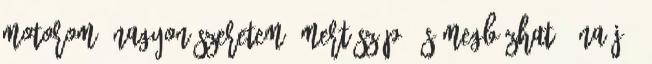
motorom. Nagyon szeretem, mert szép, és megbízható. Na jó,